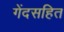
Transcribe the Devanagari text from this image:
गेंदसहित